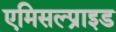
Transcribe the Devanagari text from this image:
एमिसल्प्राइड